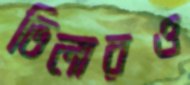
ভিলারও